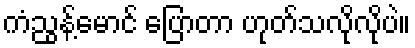
ကံညွန့်မောင် ပြောတာ ဟုတ်သလိုလိုပဲ။